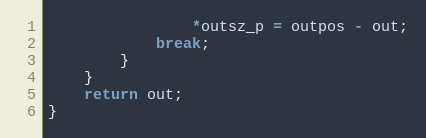
Language: C
				*outsz_p = outpos - out;
			break;
		}
	}
	return out;
}